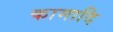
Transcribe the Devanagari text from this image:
कामादि